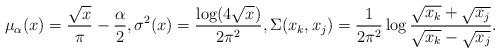
LaTeX: \begin{align*}\mu_{\alpha}(x) = \frac{\sqrt{x}}{\pi} - \frac{\alpha}{2}, \sigma^{2}(x) = \frac{\log(4 \sqrt{x})}{2 \pi^{2}}, \Sigma(x_{k},x_{j}) = \frac{1}{2\pi^{2}} \log \frac{\sqrt{x_{k}}+\sqrt{x_{j}}}{\sqrt{x_{k}}-\sqrt{x_{j}}}.\end{align*}